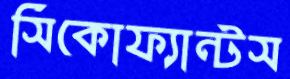
সিকোফ্যান্টস